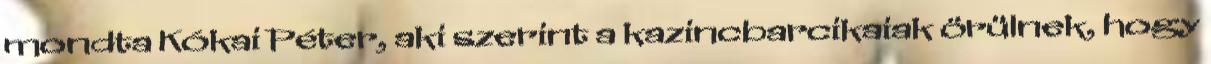
mondta Kókai Péter, aki szerint a kazincbarcikaiak örülnek, hogy